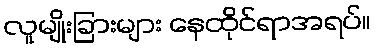
လူမျိုးခြားများ နေထိုင်ရာအရပ်။